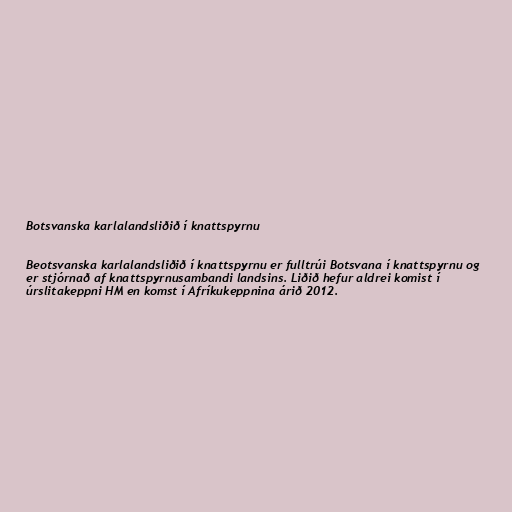
Botsvanska karlalandsliðið í knattspyrnu

Beotsvanska karlalandsliðið í knattspyrnu er fulltrúi Botsvana í knattspyrnu og
er stjórnað af knattspyrnusambandi landsins. Liðið hefur aldrei komist í
úrslitakeppni HM en komst í Afríkukeppnina árið 2012.